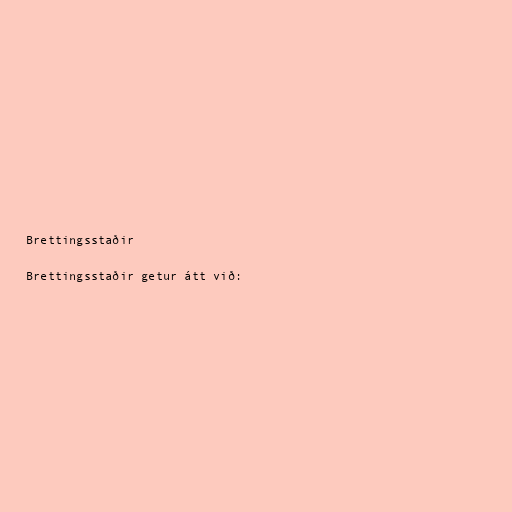
Brettingsstaðir

Brettingsstaðir getur átt við: